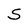
Character: 5